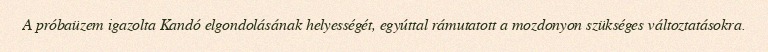
A próbaüzem igazolta Kandó elgondolásának helyességét, egyúttal rámutatott a mozdonyon szükséges változtatásokra.